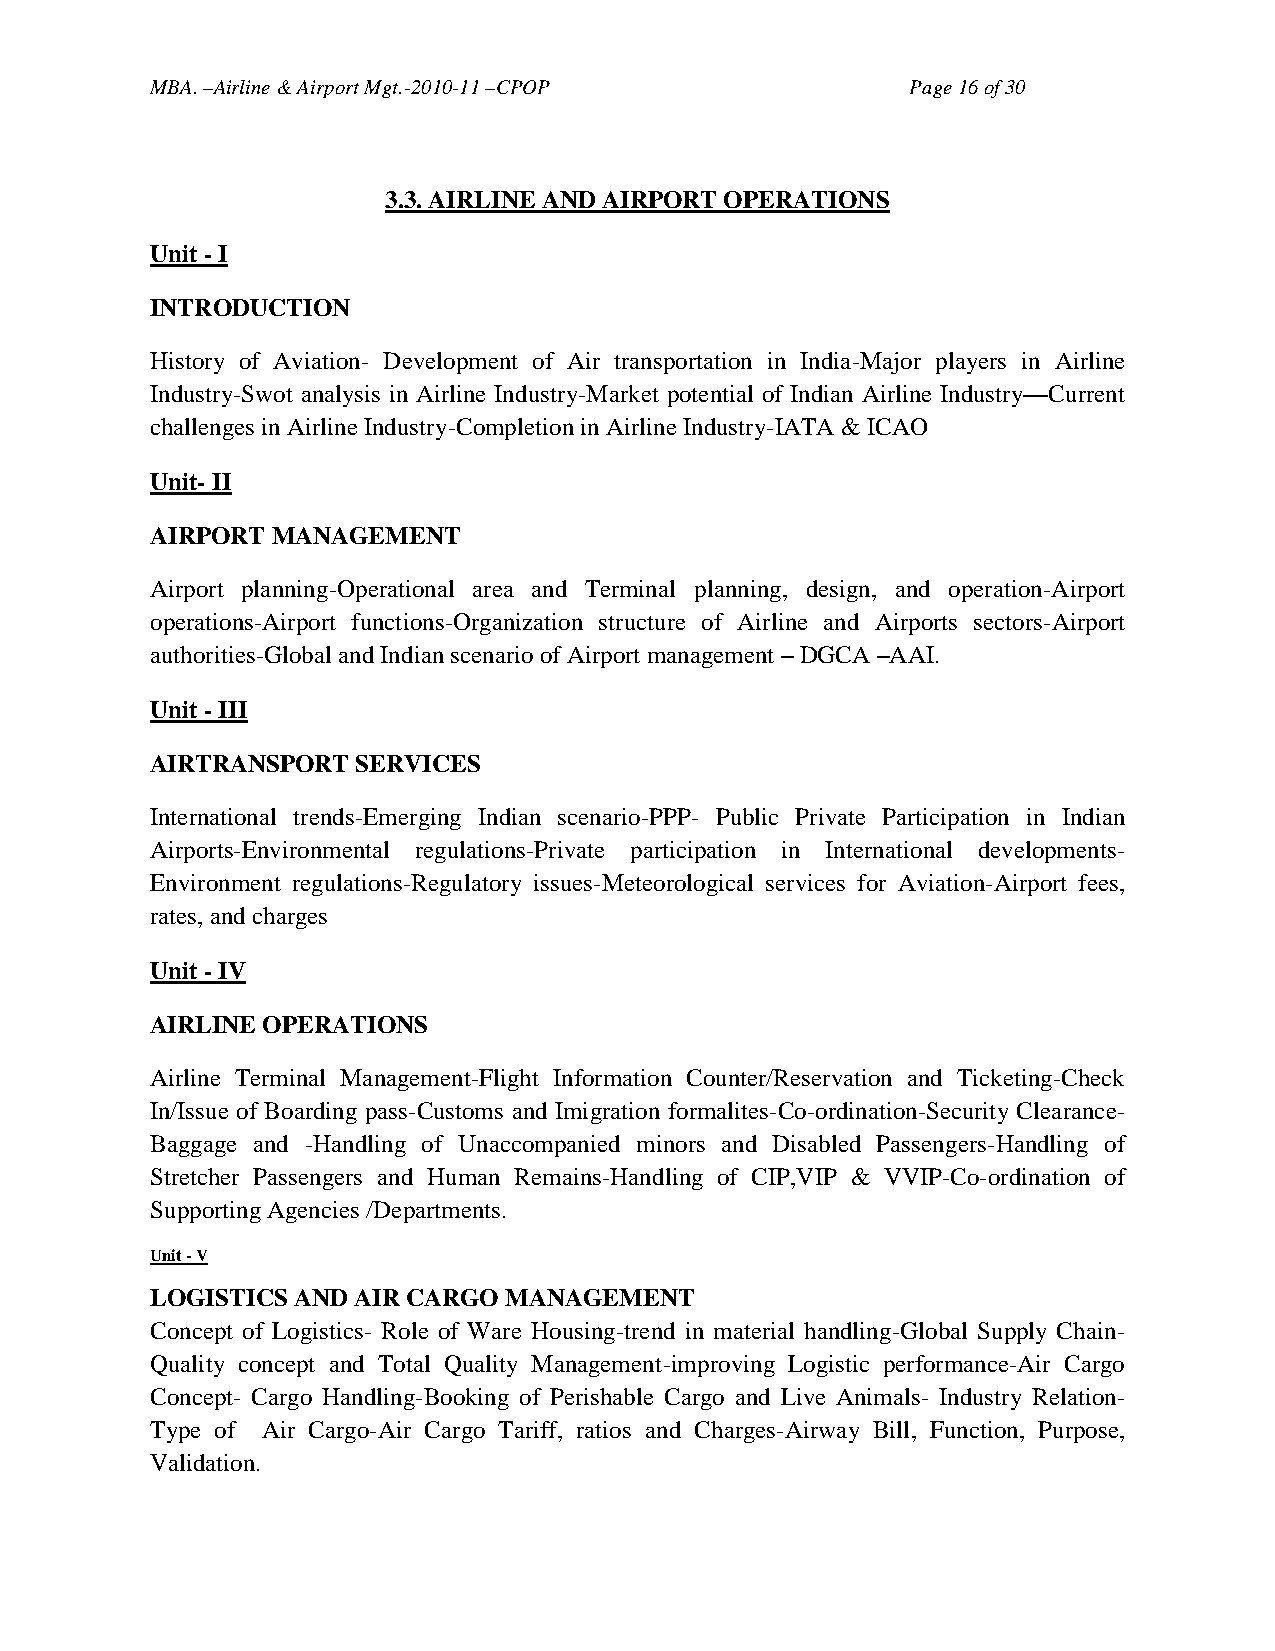
MBA. –Airline & Airport Mgt.-2010-11 –CPOP        Page 16 of 30
 3.3. AIRLINE AND AIRPORT OPERATIONS
 Unit - I
 INTRODUCTION
 History of Aviation- Development of Air transportation in India-Major players in Airline
 Industry-Swot analysis in Airline Industry-Market potential of Indian Airline Industry—Current
 challenges in Airline Industry-Completion in Airline Industry-IATA & ICAO
 Unit- II
 AIRPORT MANAGEMENT
 Airport planning-Operational area and Terminal planning, design, and operation-Airport
 operations-Airport functions-Organization structure of Airline and Airports sectors-Airport
 authorities-Global and Indian scenario of Airport management – DGCA –AAI.
 Unit - III
 AIRTRANSPORT  SERVICES
 International trends-Emerging Indian scenario-PPP- Public Private Participation in Indian
 Airports-Environmental regulations-Private participation in International developments-
 Environment regulations-Regulatory issues-Meteorological services for Aviation-Airport fees,
 rates, and charges
 Unit - IV
 AIRLINE OPERATIONS
 Airline Terminal Management-Flight Information Counter/Reservation and Ticketing-Check
 In/Issue of Boarding pass-Customs and Imigration formalites-Co-ordination-Security Clearance-
 Baggage and -Handling of Unaccompanied minors and Disabled Passengers-Handling of
 Stretcher Passengers and Human Remains-Handling of CIP,VIP & VVIP-Co-ordination of
 Supporting Agencies /Departments.
 Unit - V
 LOGISTICS AND AIR CARGO MANAGEMENT
 Concept of Logistics- Role of Ware Housing-trend in material handling-Global Supply Chain-
 Quality concept and Total Quality Management-improving Logistic performance-Air Cargo
 Concept- Cargo Handling-Booking of Perishable Cargo and Live Animals- Industry Relation-
 Type of Air Cargo-Air Cargo Tariff, ratios and Charges-Airway Bill, Function, Purpose,
 Validation.